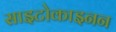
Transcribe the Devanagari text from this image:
साइटोकाइनन